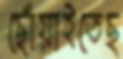
ছোঁয়াইতেছ